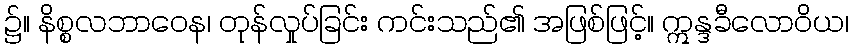
၌။ နိစ္စလဘာဝေန၊ တုန်လှုပ်ခြင်း ကင်းသည်၏ အဖြစ်ဖြင့်။ ဣန္ဒခီလောဝိယ၊